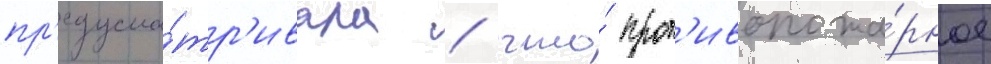
пр'едусма́тр'ивала / что́ прот'ивопожа́рное